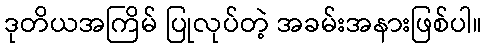
ဒုတိယအကြိမ် ပြုလုပ်တဲ့ အခမ်းအနားဖြစ်ပါ။